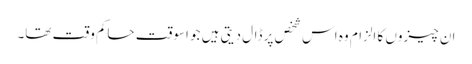
ان چیزوں کا الزام وہ اس شخص پر ڈال دیتی ہیں‌ جو اسوقت حاکم وقت تھا۔